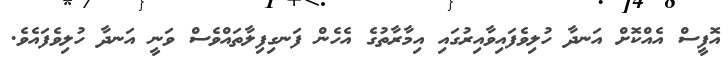
އޮފީސް އެއްކޮށް އަނދާ ހުލިވެފައިވާއިރުގައި އިމާރާތުގެ އެހެން ފަނގިފިލާތައްވެސް ވަނީ އަނދާ ހުލިވެފައެވެ.